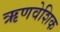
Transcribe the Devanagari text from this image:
ऋणवेशिक